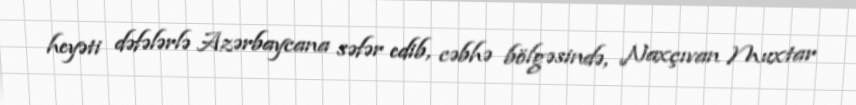
heyəti dəfələrlə Azərbaycana səfər edib, cəbhə bölgəsində, Naxçıvan Muxtar